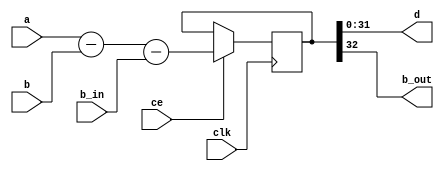
//------------------------------------------------------------------------------
//
// modexpa7_subtractor32_generic.v
// -----------------------------------------------------------------------------
// Generic 32-bit subtractor w/ clock enable.
//
//
// Copyright (c) 2016-2017, NORDUnet A/S
//
// Redistribution and use in source and binary forms, with or without
// modification, are permitted provided that the following conditions are met:
//
// - Redistributions of source code must retain the above copyright notice,
//   this list of conditions and the following disclaimer.
//
// - Redistributions in binary form must reproduce the above copyright notice,
//   this list of conditions and the following disclaimer in the documentation
//   and/or other materials provided with the distribution.
//
// - Neither the name of the NORDUnet nor the names of its contributors may be
//   used to endorse or promote products derived from this software without
//   specific prior written permission.
//
// THIS SOFTWARE IS PROVIDED BY THE COPYRIGHT HOLDERS AND CONTRIBUTORS "AS IS"
// AND ANY EXPRESS OR IMPLIED WARRANTIES, INCLUDING, BUT NOT LIMITED TO, THE
// IMPLIED WARRANTIES OF MERCHANTABILITY AND FITNESS FOR A PARTICULAR PURPOSE
// ARE DISCLAIMED. IN NO EVENT SHALL THE COPYRIGHT HOLDER OR CONTRIBUTORS BE
// LIABLE FOR ANY DIRECT, INDIRECT, INCIDENTAL, SPECIAL, EXEMPLARY, OR
// CONSEQUENTIAL DAMAGES (INCLUDING, BUT NOT LIMITED TO, PROCUREMENT OF
// SUBSTITUTE GOODS OR SERVICES; LOSS OF USE, DATA, OR PROFITS; OR BUSINESS
// INTERRUPTION) HOWEVER CAUSED AND ON ANY THEORY OF LIABILITY, WHETHER IN
// CONTRACT, STRICT LIABILITY, OR TORT (INCLUDING NEGLIGENCE OR OTHERWISE)
// ARISING IN ANY WAY OUT OF THE USE OF THIS SOFTWARE, EVEN IF ADVISED OF THE
// POSSIBILITY OF SUCH DAMAGE.
//
//------------------------------------------------------------------------------

module modexpa7_subtractor32_generic
	(
		input					clk,
		input					ce,
		input		[31: 0]	a,
		input		[31: 0]	b,
		output	[31: 0]	d,
		input					b_in,
		output				b_out	
	);


		//
		// Difference
		//
	reg	[32: 0]	d_int;
	
	always @(posedge clk)
		if (ce) d_int <= {1'b0, a} - {1'b0, b} - {{32{1'b0}}, b_in};
	
	
		//
		// Output
		//
	assign d = d_int[31:0];
	assign b_out = d_int[32];
	

endmodule

//------------------------------------------------------------------------------
// End-of-File
//------------------------------------------------------------------------------